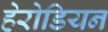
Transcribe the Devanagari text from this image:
हेरोडियन